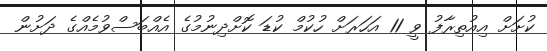
ކުށަށް އިއުތިރާފު ވީ 11 އަހަރަށް ހުކުމް ކުޑަ ކޮށްދިނުމުގެ އެއްބަސްވުމެއްގެ ދަށުން